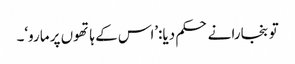
تو بنجارا نے حکم دیا:’اس کے ہاتھوں پر مارو‘۔